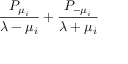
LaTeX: { { \frac { P _ { \mu _ { i } } } { \lambda - \mu _ { i } } } + { \frac { P _ { - \mu _ { i } } } { \lambda + \mu _ { i } } } }